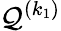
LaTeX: {\mathcal{Q}}^{(k_{1})}